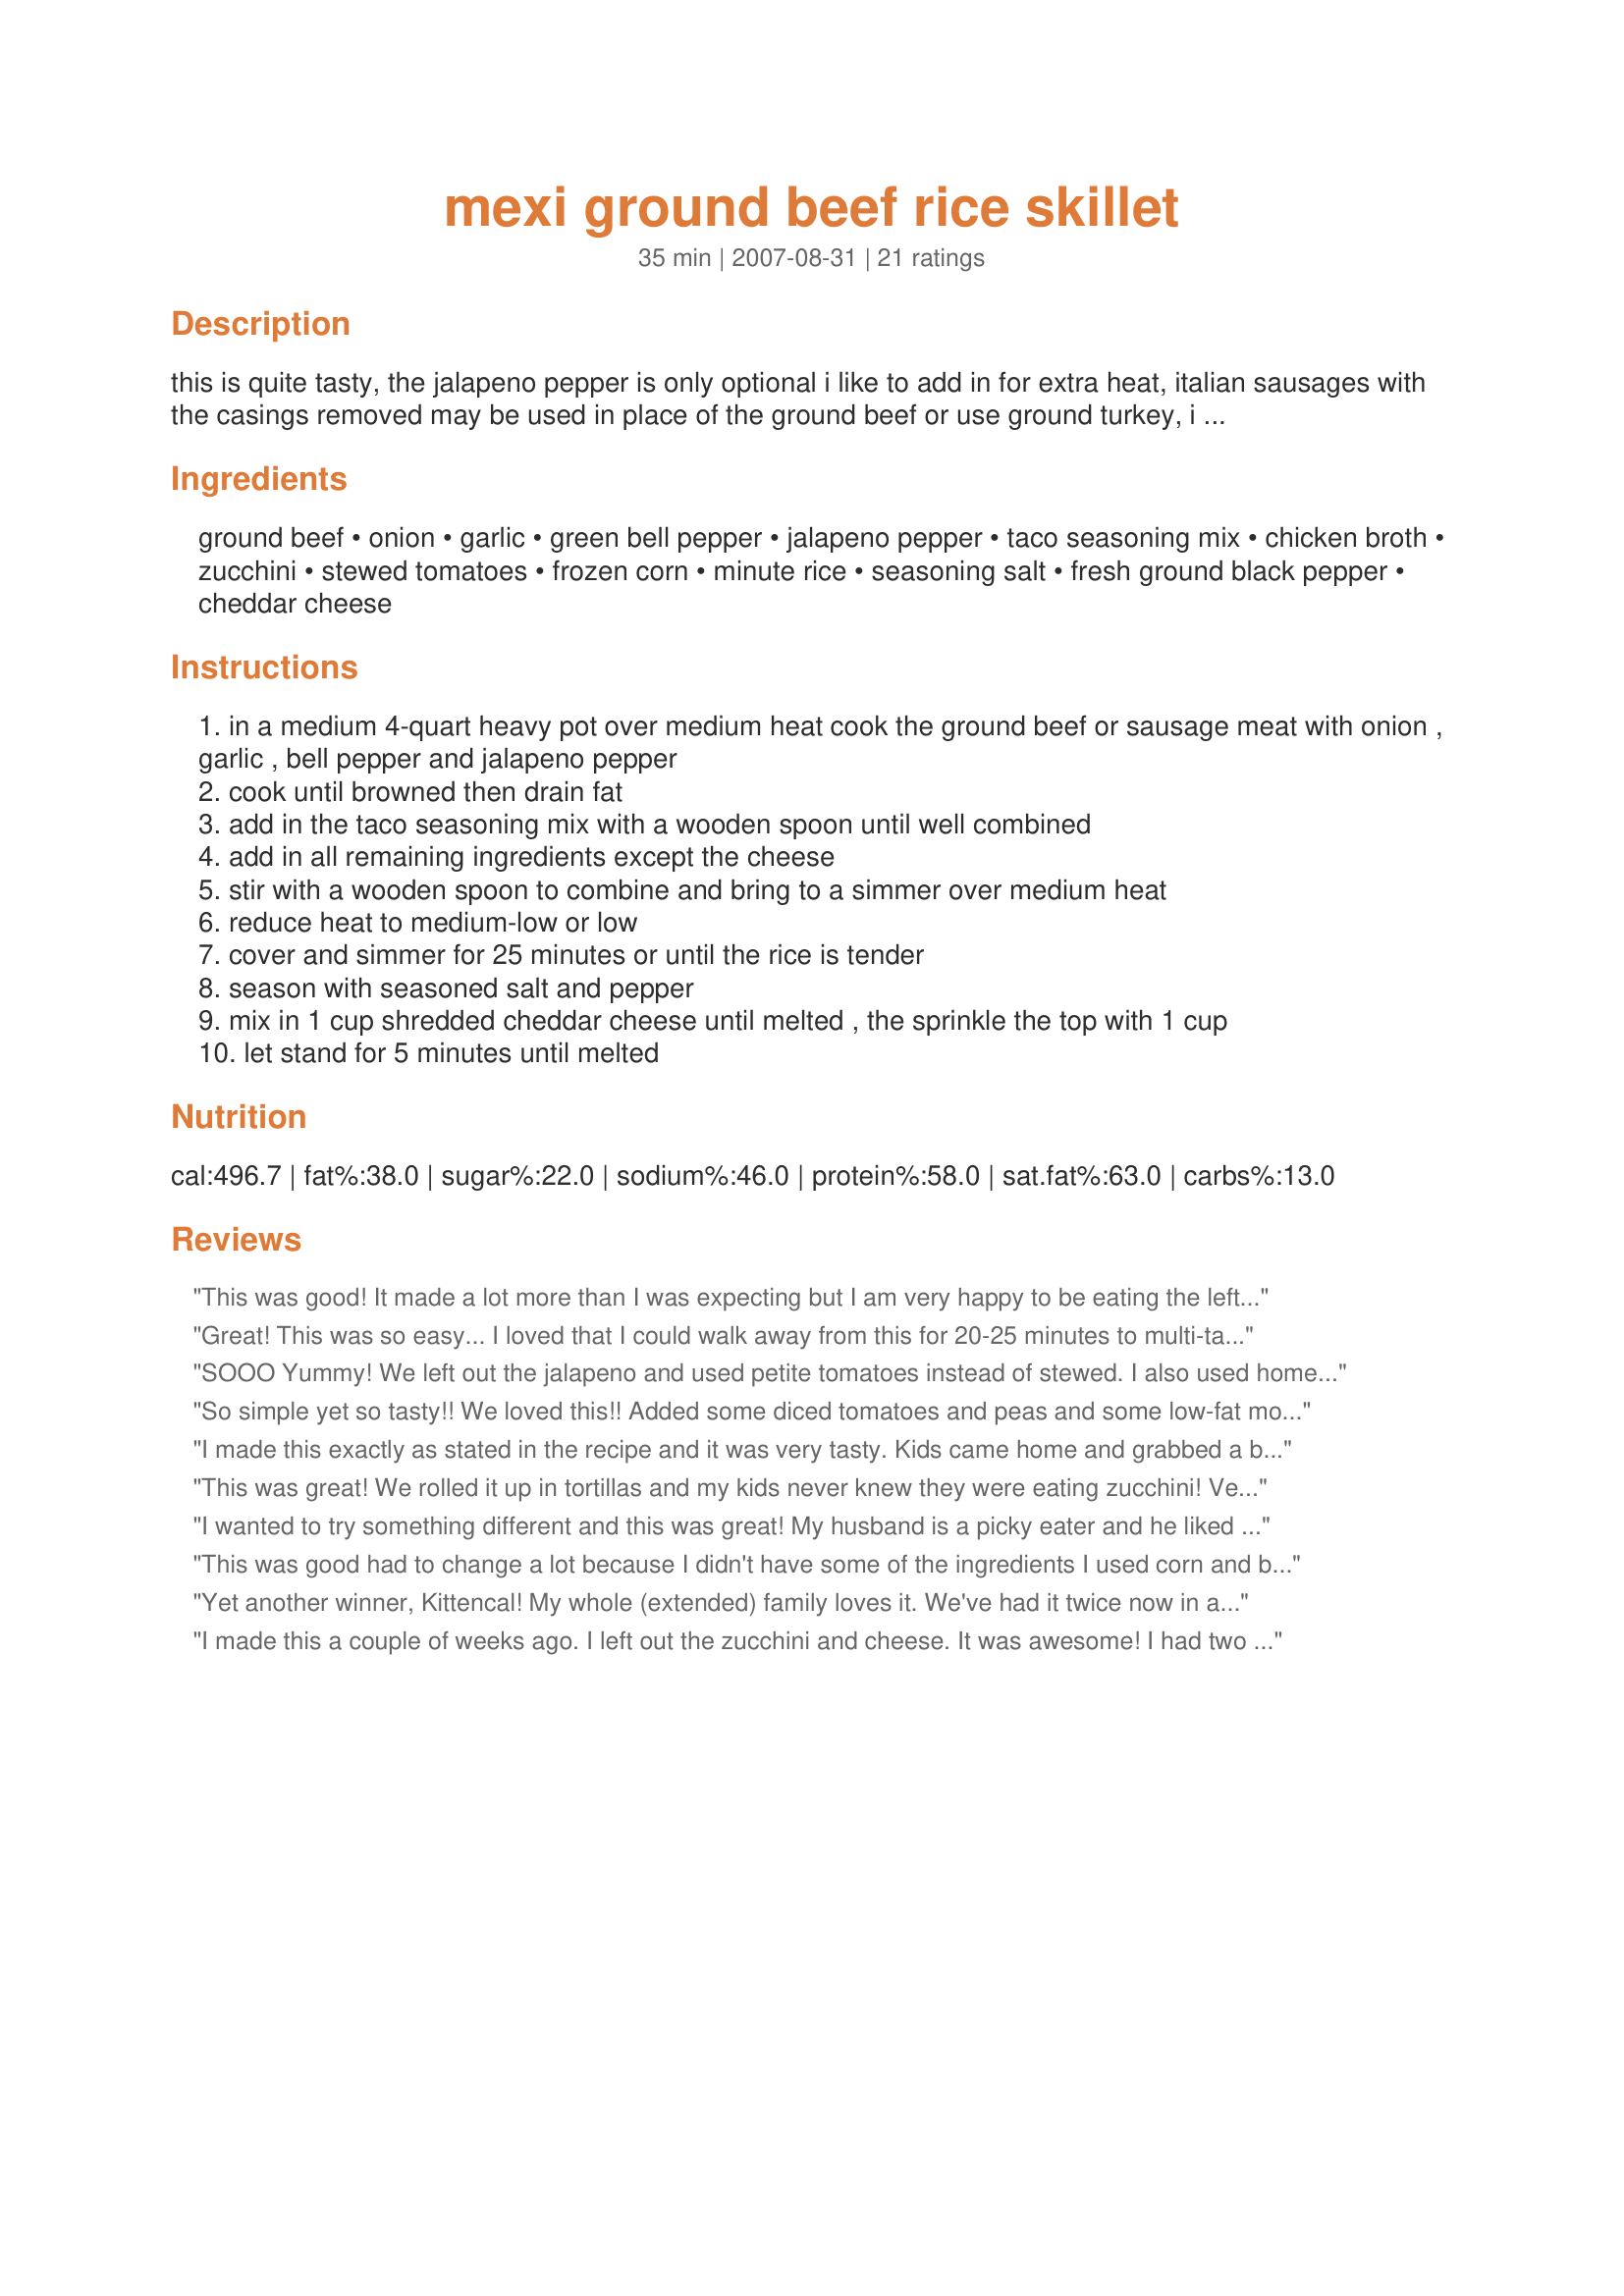
mexi ground beef rice skillet
Preparation time: 35 minutes

this is quite tasty, the jalapeno pepper is only optional i like to add in for extra heat, italian sausages with the casings removed may be used in place of the ground beef or use ground turkey, i also like to add in some cooked crumbled bacon or smoked dry sliced sausage but that is only optional :)

Ingredients:
ground beef, onion, garlic, green bell pepper, jalapeno pepper, taco seasoning mix, chicken broth, zucchini, stewed tomatoes, frozen corn, minute rice, seasoning salt, fresh ground black pepper, cheddar cheese

Steps:
in a medium 4-quart heavy pot over medium heat cook the ground beef or sausage meat with onion , garlic , bell pepper and jalapeno pepper
cook until browned then drain fat
add in the taco seasoning mix with a wooden spoon until well combined
add in all remaining ingredients except the cheese
stir with a wooden spoon to combine and bring to a simmer over medium heat
reduce heat to medium-low or low
cover and simmer for 25 minutes or until the rice is tender
season with seasoned salt and pepper
mix in 1 cup shredded cheddar cheese until melted , the sprinkle the top with 1 cup
let stand for 5 minutes until melted

Reviews:
This was good! It made a lot more than I was expecting but I am very happy to be eating the leftovers. I did have some trouble with some of the rice at the top of the pan not absorbing any liquid and still being crunchy while the rice on the bottom was done. I added more liquid and cooked a bit longer to solve the problem but the rice on the bottom ended up being a bit mushy in the process.
Great! This was so easy... I loved that I could walk away from this for 20-25 minutes to multi-task :-) It made so much (when cooking for 1-2) that I will be able to take some for lunch and freeze some to enjoy again! I was unfortunately missing a couple ingredients (zukes & jalepeno), but the base of this recipe is good enough that one can play around with any number of different ingredients & still come out with a fantastic EASY meal. I put a can of black beans in mine, and topped it with some jalepeno cheddar. Thank you for this recipe... YUM! :-D
SOOO Yummy! We left out the jalapeno and used petite tomatoes instead of stewed. I also used homemade taco seasoning. It was one of the best meals we have had lately. Everyone had seconds, including my 6-year-old daughter (and that speaks volumes!). We would have all that thirds if there had been anything left. Most definitely a keeper!
So simple yet so tasty!! We loved this!! Added some diced tomatoes and peas and some low-fat mozzarella cheese. Could add any veggies and this would come out great!! Thanks Kit! :)
I made this exactly as stated in the recipe and it was very tasty. Kids came home and grabbed a bowl and everyone said it was a "do again" recipe. I had friends over for drinks later and they sprayed a cookie sheet with non-stick spray, placed corn tortillas on pan and topped with filling and put cheese on top. Topped with sour cream after taking out of the oven and was delicious. They weren't baking fast enough for everyone. It's great to find a recipe that's versatile.
This was great! We rolled it up in tortillas and my kids never knew they were eating zucchini! Very tasty, will make again. I did cut back on the black pepper a bit and used hatch chile instead of jalapeno. Also I added a small can of tomato sauce for more moisture as my rice took longer to cook (it was regular and not minute rice). But the extra tomato flavor was nice so I would do that again. I could see adding pinto or black beans next time.
I wanted to try something different and this was great! My husband is a picky eater and he liked it! Thanks!
This was good had to change a lot because I didn't have some of the ingredients I used corn and black beans. I had to use regular rice as I never buy minute rice. I added diced seasoned tomatoes and extra stock for the extra moisture needed for the rice. I would make it again but I would cut it in half it was a lot for just 2 people. I will probably freeze some of it
Yet another winner, Kittencal! My whole (extended) family loves it. We've had it twice now in as many weeks. I can really appreciate a one skillet meal that goes together so quickly. The second time I used instant brown rice and we think we like it a tiny bit better. Thanks for another staple!
I made this a couple of weeks ago. I left out the zucchini and cheese. It was awesome! I had two bowls. I will make it a favorite!
Very tasty! I made with vegetarian 'ground beef' and it was very tasty. I served it with tortilla chips for scooping and a copycat El Torito corn cake. I'm looking forward to the leftovers!
Very good flavor! Not a fancy dish, but it comes together quickly, especially as I had chopped peppers and onions in the freezer. I cut the recipe in half for the two of us, and it still made a good 4 servings. (Leftovers!) I cooked regular rice on the side, then added at the end. 1/2 cup dry rice was almost too much in my opinion; next time I&#039;ll use less rice but just as much seasoning. I did add more cumin and SMOKED paprika, which makes it awesome!
this was really good! I put a dollop of sour cream on top when serving . I will be making this again for sure.
this was really good and i didn't have cheddar so i subbed with velveeta. very yummy and cheesy. also i didnt have green onion so i used regular yellow onion and served it over a bed of white rice instead of mixing it altogether.. delicious! put a few too many shakes of hot pepper sauce and thge jalapenos ina jar but wasnt unbearable.....lol
I made this for dinner today. I didn&#039;t have minute rice, I used brown rice and precooked it for 30 minutes. I also didn&#039;t have zucchini and I subbed 2 cups kidney beans.It went together quick and easy, as I had pre chopped onions and green peppers in the freezer.We really enjoyed this as it was quite tasty. Definitely a keeper. Thanks.
So tasty! I left out a few items since I didn&#039;t have them (zucchini, peas, half a jalapeno) - didn&#039;t even miss it. I also added more rice because I felt it needed more. We wrapped it in tortillas topped with sour cream. Husband and I loved it - I will definitely be making this again!
The whole family enjoyed this dish!
I made this for supper tonight, cut up the pepper and onion before I left for work. Truly took 30 minutes to make. I used ground turkey, skipped the jalape?o pepper (hubby & I like them, kids...not so much). Also didn't add corn or peas, thought there was enough starch with the rice (used brown minute rice). Also used much less cheese, about half cup, and then sprinkled a little over each serving. Everyone loved it - definitely a make again meal.
Don't use Minute Rice in this, it's mush after 25 minutes of simmering while the zucchini was still crisp tender. I knew that going in and still did it. Big mistake. Next time, I'll use long grain rice. I can't believe so many people didn't complain about that. Otherwise, it was pretty tasty.
We liked this one but it was not a huge hit. Good flavor and very easy to make.
I am going to use this as a stuffed pepper recipe with the peppers I have in the fridge. This, I'm sure, would be good as a casserole but I have to use up those peppers! Thanks for the recipe! I'm looking forward to making and eating it! :)
